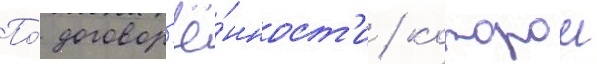
По́ договор'ё́нност'и / которои